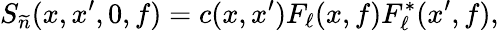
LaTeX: S_{\widetilde{n}}(x,x^{\prime},0,f)=c(x,x^{\prime})F_{\ell}(x,f)F_{\ell}^{*}(x^{\prime},f),